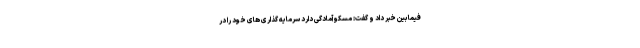
فیمابین خبر داد و گفت: مسکو آمادگی دارد سرمایه گذاری های خود را در